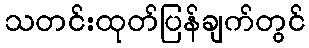
သတင်းထုတ်ပြန်ချက်တွင်